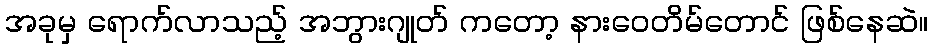
အခုမှ ရောက်လာသည့် အဘွားဂျုတ် ကတော့ နားဝေတိမ်တောင် ဖြစ်နေဆဲ။